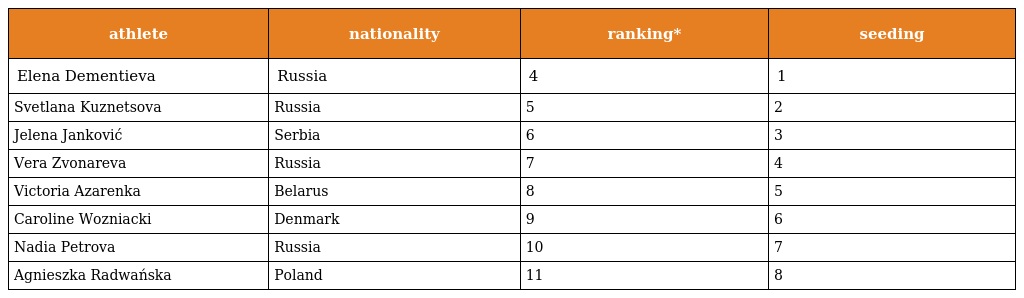
| athlete | nationality | ranking* | seeding |
 | --- | --- | --- | --- |
 | Elena Dementieva | Russia | 4 | 1 |
 | Svetlana Kuznetsova | Russia | 5 | 2 |
 | Jelena Janković | Serbia | 6 | 3 |
 | Vera Zvonareva | Russia | 7 | 4 |
 | Victoria Azarenka | Belarus | 8 | 5 |
 | Caroline Wozniacki | Denmark | 9 | 6 |
 | Nadia Petrova | Russia | 10 | 7 |
 | Agnieszka Radwańska | Poland | 11 | 8 |